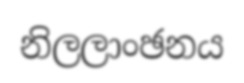
නිලලාංඡනය